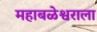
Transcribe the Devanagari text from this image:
महाबळेश्वराला